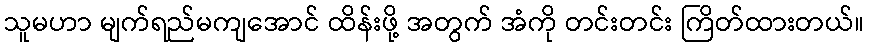
သူမဟာ မျက်ရည်မကျအောင် ထိန်းဖို့ အတွက် အံကို တင်းတင်း ကြိတ်ထားတယ်။